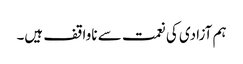
ہم آزادی کی نعمت سے ناواقف ہیں۔